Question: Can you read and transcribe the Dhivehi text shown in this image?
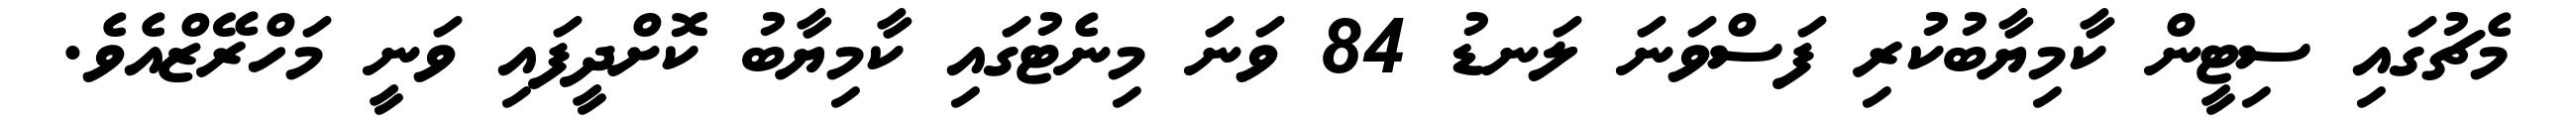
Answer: މެޗުގައި ސިޓީން ކާމިޔާބުކުރި ފަސްވަނަ ލަނޑު 84 ވަނަ މިނެޓުގައި ކާމިޔާބު ކޮށްދީފައި ވަނީ މަހްރޭޒްއެވެ.